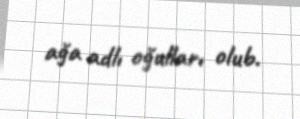
ağa adlı oğulları olub.